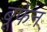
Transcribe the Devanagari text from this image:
बूफेन